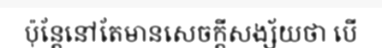
ប៉ុន្តែនៅតែមានសេចក្តីសង្ស័យថា បើ